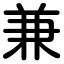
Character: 兼